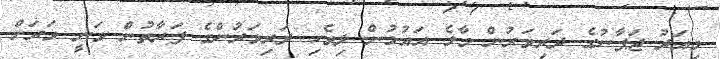
މިއަދު ޖަޕާނުގެ ދަރިވަރުން މާލެ އައުމުން ދިވެހި ދަރިވަރުންގެ ފަރާތުން ވަނީ ވަރަށް